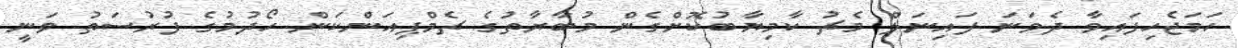
ހަމަޖެހިފައިވާ ދެވަނަ ފައިނަލް މެޗު ކާމިޔާބުކޮށްގެން މުބާރާތުގެ ޗެމްޕިއަންކަން ހޯދުމުގެ ފުރުސަތު ވަނީ